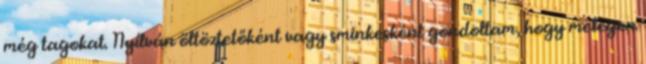
még tagokat. Nyílván öltöztetőként vagy sminkesként gondoltam, hogy melegen